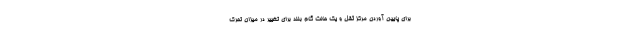
برای پایین آوردن مرکز ثقل و یک حالت گام بلند برای تغییر در میزان تحرک